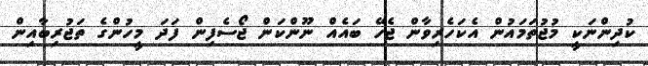
ކުދިންނަކީ މުޖުތަމައުން އެކަހެރިވާން ޖެހޭ ބައެއް ނޫންކަން ޖޯސެފިން ފަދަ މީހުންގެ ތަޖުރިބާއިން